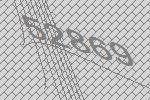
52869